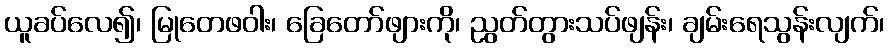
ယူခပ်လေ၍၊ မြုတေဖဝါး၊ ခြေတော်ဖျားကို၊ ညွတ်တွားသပ်ဖျန်း၊ ချမ်းရေသွန်းလျက်၊